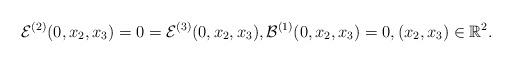
LaTeX: \begin{align*}\mathcal E^{(2)}(0,x_2,x_3) = 0 = \mathcal E^{(3)}(0,x_2,x_3),\mathcal{B}^{(1)}(0,x_2,x_3) = 0, (x_2,x_3) \in \mathbb{R}^2.\end{align*}